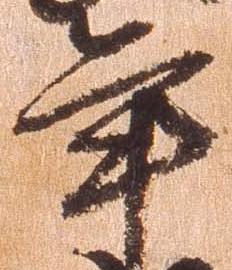
年